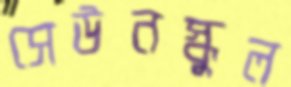
সেউনস্কুল